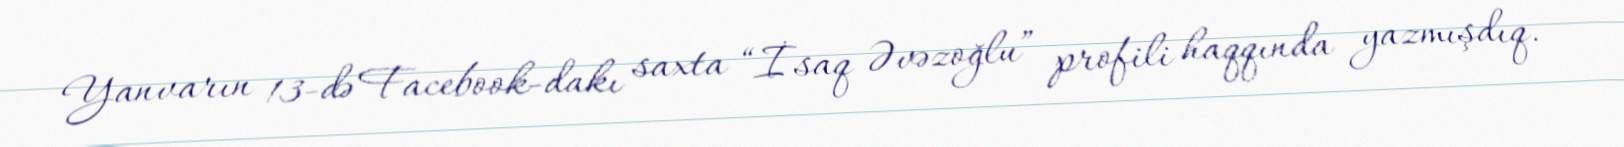
Yanvarın 13-də Facebook-dakı saxta “İsaq Əvəzoğlu” profili haqqında yazmışdıq.